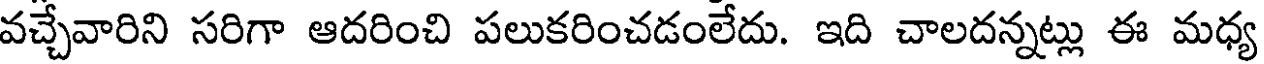
వచ్చేవారిని సరిగా ఆదరించి పలుకరించడంలేదు. ఇది చాలదన్నట్లు ఈ మధ్య